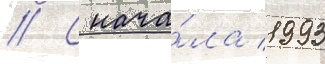
// С нача́ла 1993